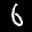
Label: 6